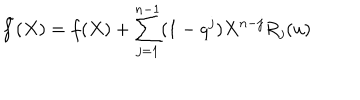
\tilde { f } ( X ) = f ( X ) + \sum _ { j = 1 } ^ { n - 1 } ( 1 - q ^ { j } ) X ^ { n - j } R _ { j } ( u )